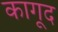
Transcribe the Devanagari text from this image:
कागूद